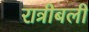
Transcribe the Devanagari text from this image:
रात्रीबली